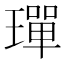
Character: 𤩧